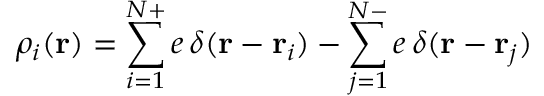
\rho _ { i } ( \mathbf { r } ) = \sum _ { i = 1 } ^ { N + } e \, \delta ( \mathbf { r } - \mathbf { r } _ { i } ) - \sum _ { j = 1 } ^ { N - } e \, \delta ( \mathbf { r } - \mathbf { r } _ { j } )